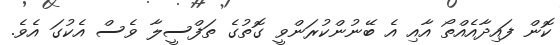
ކޮން ފައިދާއެއްތޯ އާއި އެ ބޭނުންކުރަންވީ ގޮތުގެ ތަފްސީލާ ވެސް އެކުގަ އެވެ.